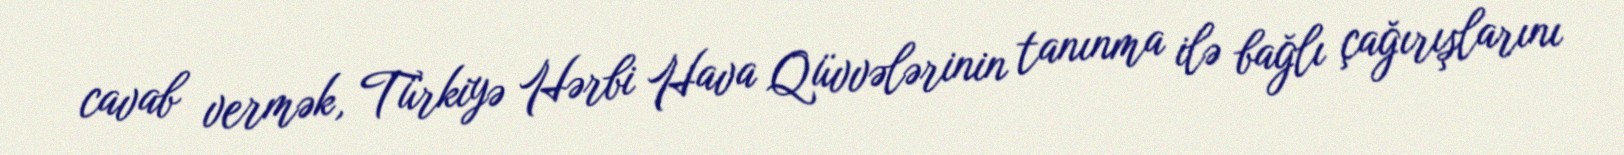
cavab vermək, Türkiyə Hərbi Hava Qüvvələrinin tanınma ilə bağlı çağırışlarını